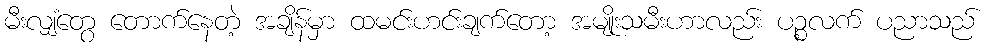
မီးလျှံတွေ တောက်နေတဲ့ အချိန်မှာ ထမင်းဟင်းချက်တော့ အမျိုးသမီးဟာလည်း ပဉ္စလက် ပညာသည်